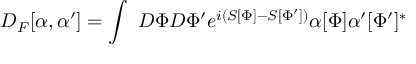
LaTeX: D _ { F } [ \alpha , \alpha ^ { \prime } ] = \int ~ D \Phi D \Phi ^ { \prime } e ^ { i ( S [ \Phi ] - S [ \Phi ^ { \prime } ] ) } \alpha [ \Phi ] \alpha ^ { \prime } [ \Phi ^ { \prime } ] ^ { * }